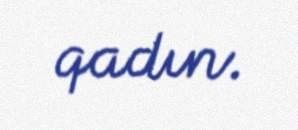
qadın.